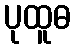
ပုထူဓ